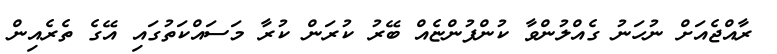
ރާއްޖެއަށް ނުހަނު ގެއްލުންވާ ކުންފުންޏެއް ބޭރު ކުރަން ކުރާ މަސައްކަތުގައި އޭގެ ތެރެއިން